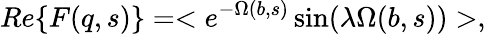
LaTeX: Re\{ F(q,s)\} =<e^{-\Omega(b,s)}\sin(\lambda\Omega(b,s))>,